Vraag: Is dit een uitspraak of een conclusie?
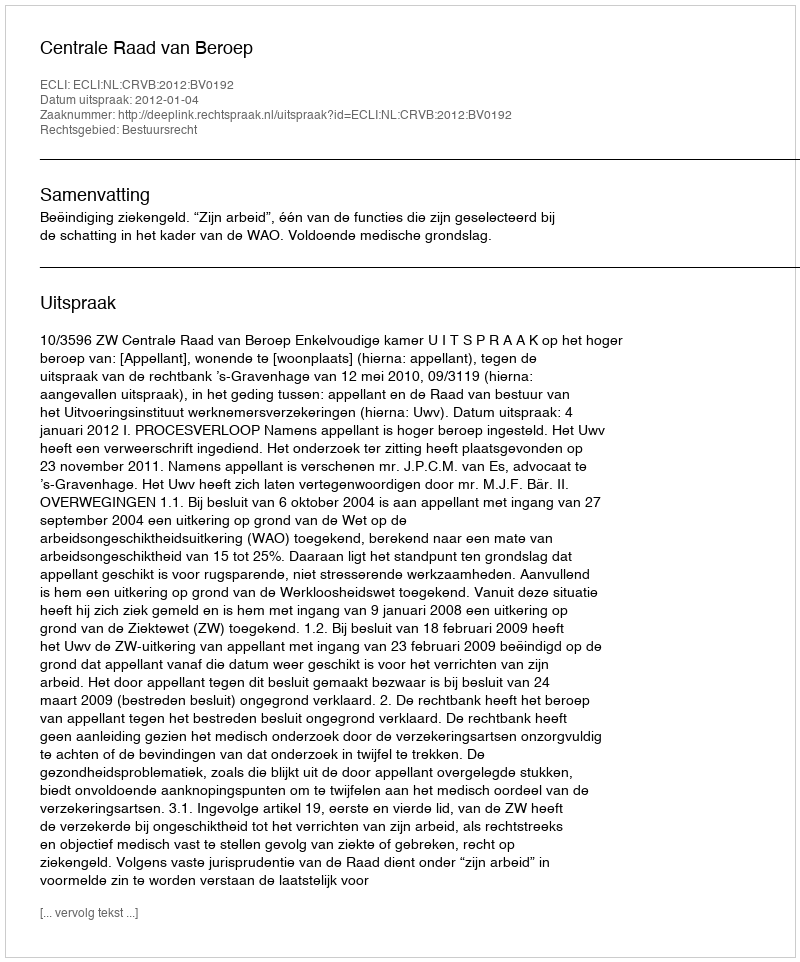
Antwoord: Uitspraak